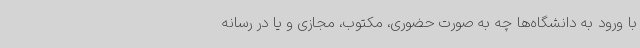
با ورود به دانشگاه‌ها چه به صورت حضوری، مکتوب، مجازی و یا در رسانه